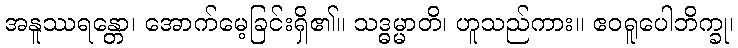
အနူဿရန္တော၊ အောက်မေ့ခြင်းရှိ၏။ သဒ္ဓမ္မာတိ၊ ဟူသည်ကား။ ဧဝရူပေါဘိက္ခု၊